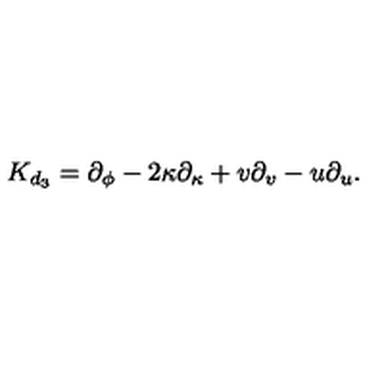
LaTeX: { K } _ { d _ { 3 } } = \partial _ { \phi } - 2 \kappa \partial _ { \kappa } + v \partial _ { v } - u \partial _ { u } .